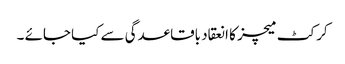
کرکٹ میچز کا انعقاد باقاعدگی سے کیا جائے ۔